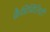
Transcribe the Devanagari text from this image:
क्रैडिबिलिटी